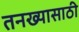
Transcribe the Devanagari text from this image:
तनख्यासाठी